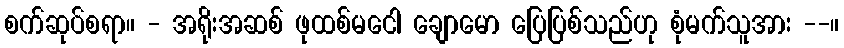
စက်ဆုပ်စရာ။ - အရိုးအဆစ် ဖုထစ်မငေါ ချောမော ပြေပြစ်သည်ဟု စုံမက်သူအား --။